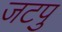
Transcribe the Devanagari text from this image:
जटपु